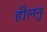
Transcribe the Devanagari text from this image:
हीलनु